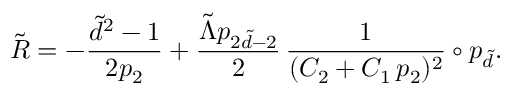
\tilde { R } = - \frac { \tilde { d } ^ { 2 } - 1 } { 2 p _ { 2 } } + \frac { \tilde { \Lambda } p _ { 2 \tilde { d } - 2 } } { 2 } \, \frac { 1 } { ( C _ { 2 } + C _ { 1 } \, p _ { 2 } ) ^ { 2 } } \circ p _ { \tilde { d } } .